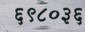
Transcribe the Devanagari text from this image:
६९८०३६